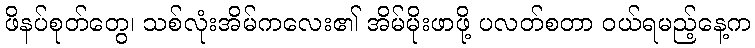
ဖိနပ်စုတ်တွေ၊ သစ်လုံးအိမ်ကလေး၏ အိမ်မိုးဖာဖို့ ပလတ်စတာ ဝယ်ရမည့်နေ့က